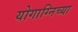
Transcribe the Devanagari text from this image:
योगाग्निच्या